Scottish Leaving Certificate Examination, 1955
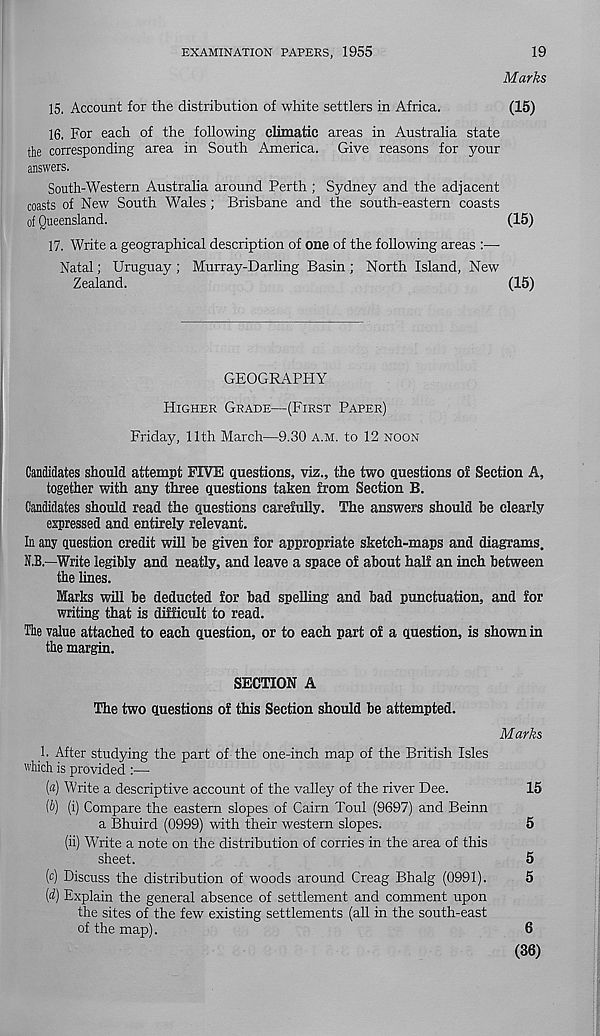
EXAMINATION PAPERS, 1955
19
Marks
15. Account for the distribution of white settlers in Africa.
(15)
16. For each of the following climatic areas in Australia state
the corresponding area in South America. Give reasons for your
answers.
South-Western Australia around Perth ; Sydney and the adjacent
coasts of New South Wales ; Brisbane and the south-eastern coasts
of Queensland.
(15)
17. Write a geographical description of one of the following areas :—
Natal; Uruguay ; Murray-Darling Basin ; North Island, New
Zealand.
(15)
GEOGRAPHY
HIGHER GRADE—(FIRST PAPER)
Friday, 11th March—9.30 A.M. to 12 NOON
Candidates should attempt FIVE questions, viz., the two questions of Section A,
together with any three questions taken from Section B.
Candidates should read the questions carefully. The answers should be clearly
expressed and entirely relevant.
In any question credit will be given for appropriate sketch-maps and diagrams.
N.B.—Write legibly and neatly, and leave a space of about half an inch between
the lines.
Marks will be deducted for bad spelling and bad punctuation, and for
writing that is difficult to read.
The value attached to each question, or to each part of a question, is shown in
the margin.
SECTION A
The two questions of this Section should be attempted.
1. After studying the part of the one-inch map of the British Isles
which is provided :—
[a) Write a descriptive account of the valley of the river Dee.
[V) (i) Compare the eastern slopes of Cairn Toul (9697) and Beinn
a Bhuird (0999) with their western slopes.
(ii) Write a note on the distribution of corries in the area of this
sheet.
(c) Discuss the distribution of woods around Creag Bhalg (0991).
(d) Explain the general absence of settlement and comment upon
the sites of the few existing settlements (all in the south-east
of the map).
Marks
15
5
5
5
6
(36)